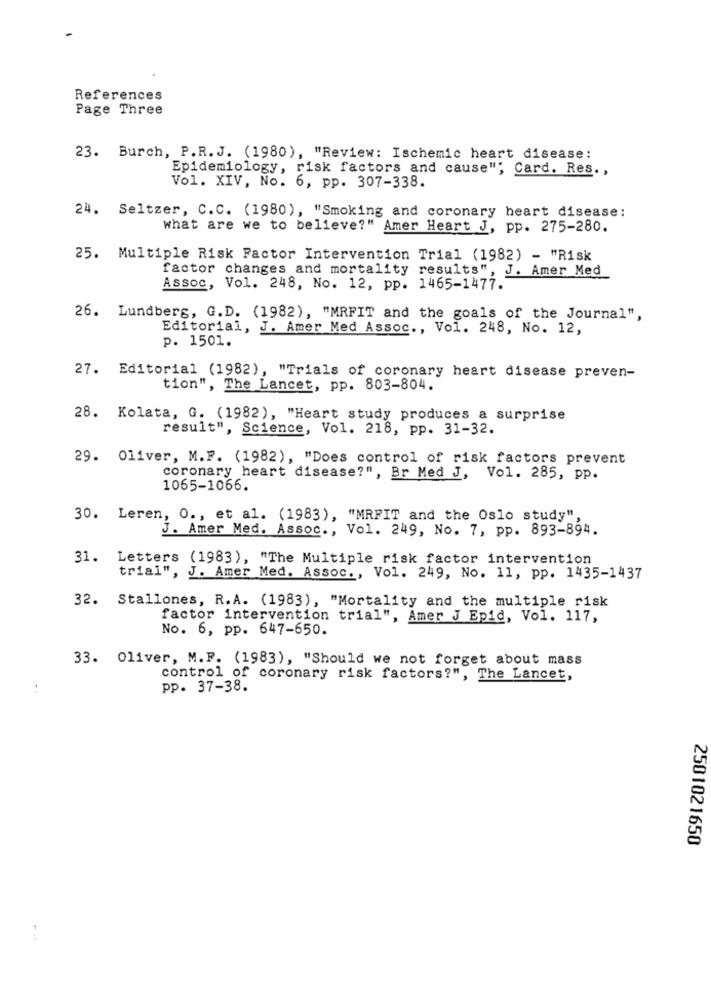
References
Page Three
23. Burch, P.R.J. (1980), "Review: Ischemic heart disease:
Epidemiology, risk factors and cause", Card. Res .,
Vol. XIV, No. 6, pp. 307-338.
24. Seltzer, C.C. (1980), "Smoking and coronary heart disease:
what are we to believe?" Amer Heart J, pp. 275-280.
25. Multiple Risk Factor Intervention Trial (1982) - "Risk
factor changes and mortality results", J. Amer Med
Assoc, Vol. 248, No. 12, pp. 1465-1477.
26. Lundberg, G.D. (1982), "MRFIT and the goals of the Journal",
Editorial, J. Amer Med Assoc ., Vol. 248, No. 12,
p. 1501.
27. Editorial (1982), "Trials of coronary heart disease preven-
tion", The Lancet, pp. 803-804.
28. Kolata, G. (1982), "Heart study produces a surprise
result", Science, Vol. 218, pp. 31-32.
29. Oliver, M.F. (1982), "Does control of risk factors prevent
coronary heart disease?", Br Med J, Vol. 285, pp.
1065-1066.
30. Leren, O ., et al. (1983), "MRFIT and the Oslo study",
J. Amer Med. Assoc ., Vol. 249, No. 7, pp. 893-894.
31. Letters (1983), "The Multiple risk factor intervention
trial", J. Amer Med. Assoc ., Vol. 249, No. 11, pp. 1435-1437
32. Stallones, R.A. (1983), "Mortality and the multiple risk
factor intervention trial", Amer J Epid, Vol. 117,
No. 6, pp. 647-650.
33. Oliver, M.F. (1983), "Should we not forget about mass
control of coronary risk factors?", The Lancet,
pp. 37-38.
2501021650